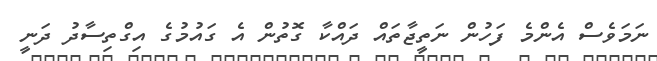
ނަމަވެސް އެންމެ ފަހުން ނަތީޖާތައް ދައްކާ ގޮތުން އެ ގައުމުގެ އިގްތިސާދު ދަނީ